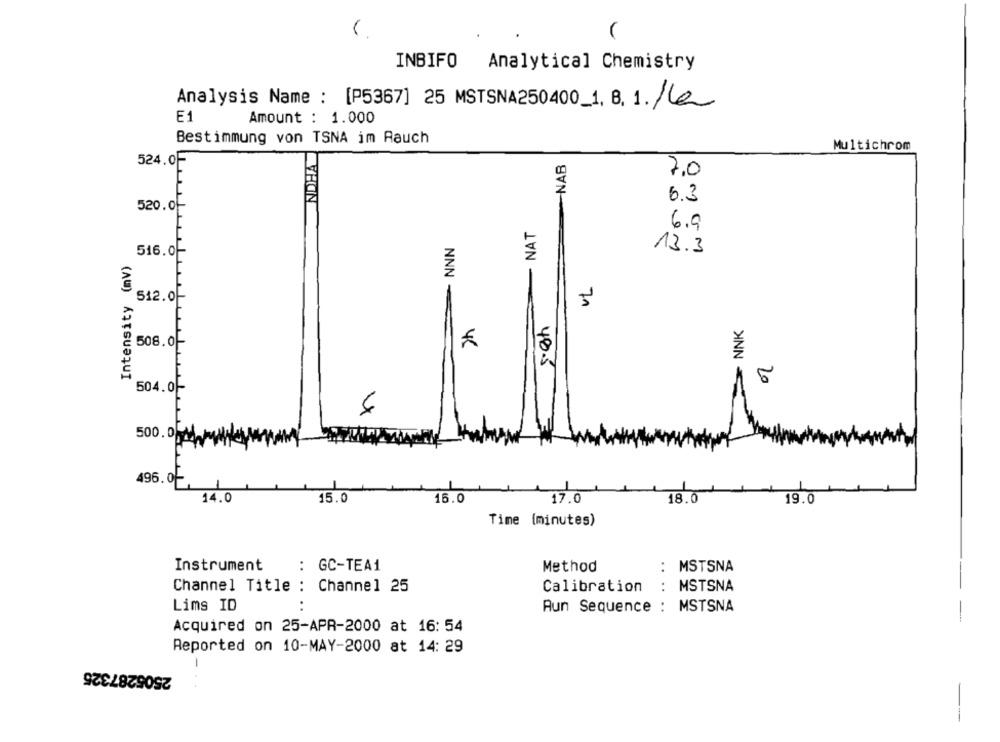
INBIFO
Analytical Chemistry
Analysis Name : [P5367] 25 MSTSNA250400_1, 8. 1. /la
Amount : 1.000
Bestimmung von TSNA im Rauch
NDHA
Multichrom
524.0F
NAB
7,0
6.3
520.0-
- NAT
6.9
NNN
516.0-
13.3
Intensity (mV)
VL
512.0
58h
NNK
508.0
504.01-
6
500.0
496.0
17.0
14.0
$15.0
16.0
18.0
19.0
Time (minutes)
..
Instrument
: GC-TEA1
Method
MSTSNA
....
..
Channel Title : Channel 25
Calibration
MSTSNA
Lims ID
Aun Sequence :
MSTSNA
Acquired on 25-APR-2000 at 16: 54
Reported on 10-MAY-2000 at 14: 29
2505287325
--